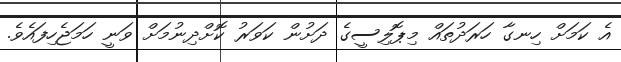
އެ ކަމަށް ހިނގާ ހަރަދުތައް މިޕޮލިސީގެ ދަށުން ކަވަރު ކޮށްދިނުމަށް ވަނީ ހަމަޖެހިފައެވެ.